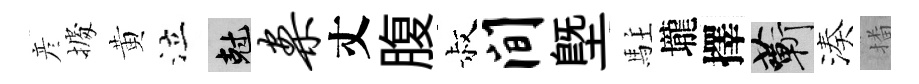
彦𢴃黄泣剋案丈腹叔间塈駐壠擇蔪湊播